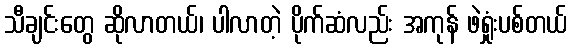
သီချင်းတွေ ဆိုလာတယ်၊ ပါလာတဲ့ ပိုက်ဆံလည်း အကုန် ဖဲရှုံးပစ်တယ်